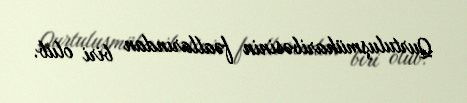
Qurtuluşmüharibəsinin fəallarından biri olub.